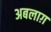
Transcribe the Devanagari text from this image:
अबलाग़